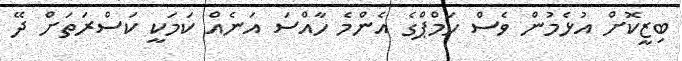
ބިޒީކޮށް އުޅެމުން ވެސް ހަމްޕްގެ އެންމެ ހާއްސަ އަނެއް ކަމަކީ ކަސްރަތަށް ދޭ